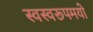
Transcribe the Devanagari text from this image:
स्वस्वरूपमयो